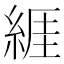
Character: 𦁩